Report of the Indian Hemp Drugs Commission, 1894-1895 - Volume V
Year: 1894
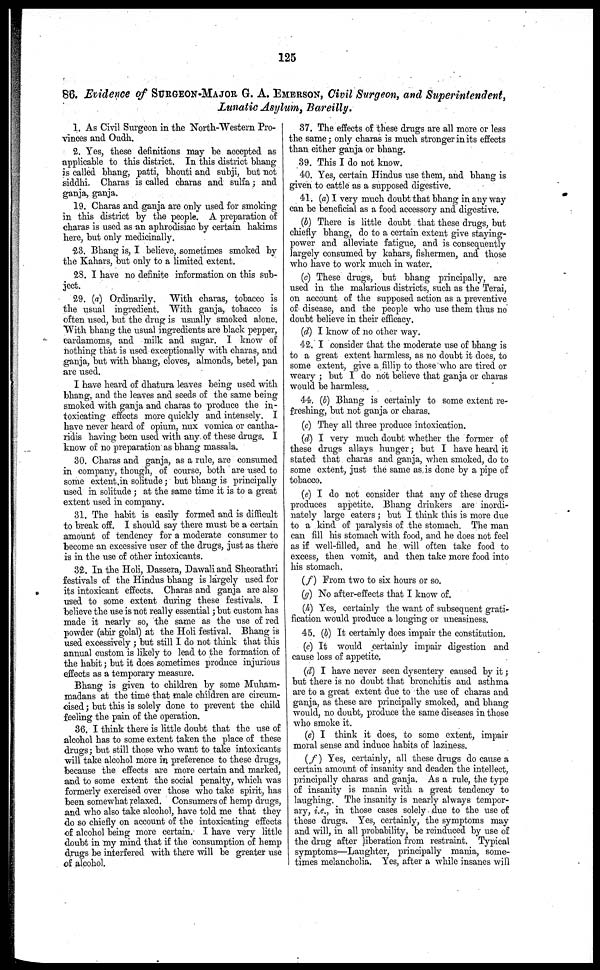
125
86. Evidence of SURGEON-MAJOR G. A. EMERSON, Civil Surgeon, and Superintendent,
Lunatic Asylum, Bareilly.
1. As Civil Surgeon in the North-Western Pro-
vinces and Oudh.
2. Yes, these definitions may be accepted as
applicable to this district. In this district bhang
is called bhang, patti, bhouti and subji, but not
siddhi. Charas is called charas and sulfa; and
ganja, ganja.
19. Charas and ganja are only used for smoking
in this district by the people. A preparation of
charas is used as an aphrodisiac by certain hakims
here, but only medicinally.
23. Bhang is, I believe, sometimes smoked by
the Kahars, but only to a limited extent.
28. I have no definite information on this sub-
ject.
29. (a) Ordinarily.
With charas, tobacco is
the usual ingredient. With ganja, tobacco is
often used, but the drug is usually smoked alone.
With bhang the usual ingredients are black pepper,
cardamoms, and milk and sugar. I know of
nothing that is used exceptionally with charas, and
ganja, but with bhang, cloves, almonds, betel, pan
are used.
I have heard of dhatura leaves being used with
bhang, and the leaves and seeds of the same being
smoked with ganja and charas to produce the in-
toxicating effects more quickly and intensely. I
have never heard of opium, nux vomica or cantha-
ridis having been used with any of these drugs. I
know of no preparation as bhang massala.
30. Charas and ganja, as a rule, are consumed
in company, though, of course, both are used to
some extent in solitude; but bhang is principally
used in solitude; at the same time it is to a great
extent used in company.
31. The habit is easily formed and is difficult
to break off. I should say there must be a certain
amount of tendency for a moderate consumer to
become an excessive user of the drugs, just as there
is in the use of other intoxicants.
32. In the Holi, Dassera, Dawali and Sheorathri
festivals of the Hindus bhang is largely used for
its intoxicant effects. Charas and ganja are also
used to some extent during these festivals. I
believe the use is not really essential; but custom has
made it nearly so, the same as the use of red
powder (ahir golal) at the Holi festival. Bhang is
used excessively ; but still I do not think that this
annual custom is likely to lead to the formation of
the habit; but it does sometimes produce injurious
effects as a temporary measure.
Bhang is given to children by some Muham-
madans at the time that male children are circum-
cised ; but this is solely done to prevent the child
feeling the pain of the operation.
36. I think there is little doubt that the use of
alcohol has to some extent taken the place of these
drugs; but still those who want to take intoxicants
will take alcohol more in preference to these drugs,
because the effects are more certain and marked,
and to some extent the social penalty, which was
formerly exercised over those who take spirit, has
been somewhat relaxed. Consumers of hemp drugs,
and who also take alcohol, have told me that they
do so chiefly on account of the intoxicating effects
of alcohol being more certain. I have very little
doubt in my mind that if the consumption of hemp
drugs be interfered with there will be greater use
of alcohol.
37. The effects of these drugs are all more or less
the same; only charas is much stronger in its effects
than either ganja or bhang.
39. This I do not know.
40. Yes, certain Hindus use them, and bhang is
given to cattle as a supposed digestive.
41. (a) I very much doubt that bhang in anyway
can be beneficial as a food accessory and digestive.
(b) There is little doubt that these drugs, but
chiefly bhang, do to a certain extent give staying-
power and alleviate fatigue, and is consequently
largely consumed by kahars, fishermen, and those
who have to work much in water.
(c) These drugs, but bhang principally, are
used in the malarious districts, such as the Terai,
on account of the supposed action as a preventive
of disease, and the people who use them thus no
doubt believe in their efficacy.
(d) I know of no other way.
42. I consider that the moderate use of bhang is
to a great extent harmless, as no doubt it does, to
some extent, give a fillip to those who are tired or
weary ; but I do not believe that ganja or charas
would be harmless.
44. (b) Bhang is certainly to some extent re-
freshing, but not ganja or charas.
(c) They all three produce intoxication.
(d) I very much doubt whether the former of
these drugs allays hunger; but I have heard it
stated that charas and ganja, when smoked, do to
some extent, just the same as is done by a pipe of
tobacco.
(e) I do not consider that any of these drugs
produces appetite. Bhang drinkers are inordi-
nately large eaters ; but I think this is more due
to a kind of paralysis of the stomach. The man
can fill his stomach with food, and he does not feel
as if well-filled, and he will often take food to
excess, then vomit, and then take more food into
his stomach.
(f) From two to six hours or so.
(g) No after-effects that I know of.
(h) Yes, certainly the want of subsequent grati-
fication would produce a longing or uneasiness.
45. (b) It certainly does impair the constitution.
(c) It would certainly impair digestion and
cause loss of appetite.
(d) I have never seen dysentery caused by it;
but there is no doubt that bronchitis and asthma
are to a great extent due to the use of charas and
ganja, as these are principally smoked, and bhang
would, no doubt, produce the same diseases in those
who smoke it.
(e) I think it does, to some extent, impair
moral sense and induce habits of laziness.
(f) Yes, certainly, all these drugs do cause a
certain amount of insanity and deaden the intellect,
principally charas and ganja. As a rule, the type
of insanity is mania with a great tendency to
laughing. The insanity is nearly always tempor-
ary, i.e., in those cases solely due to the use of
these drugs. Yes, certainly, the symptoms may
and will, in all probability, be reinduced by use of
the drug after liberation from restraint. Typical
symptoms—Laughter, principally mania, some-
times melancholia. Yes, after a while insanes will